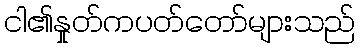
ငါ၏နှုတ်ကပတ်တော်များသည်